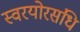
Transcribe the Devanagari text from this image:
स्वरयोरसंधि